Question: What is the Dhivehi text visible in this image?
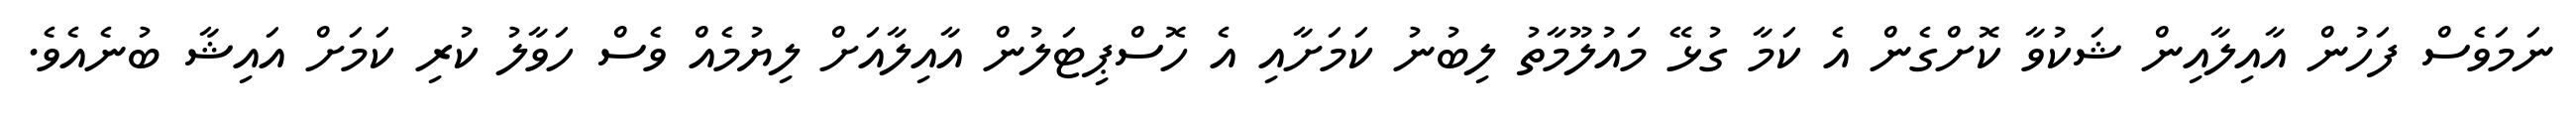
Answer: ނަމަވެސް ފަހުން އާއިލާއިން ޝަކުވާ ކޮށްގެން އެ ކަމާ ގުޅޭ މައުލޫމާތު ލިބުނު ކަމަށާއި އެ ހޮސްޕިޓަލުން އާއިލާއަށް ލިޔުމެއް ވެސް ހަވާލު ކުރި ކަމަށް އައިޝާ ބުނެއެވެ.